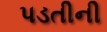
પડતીની